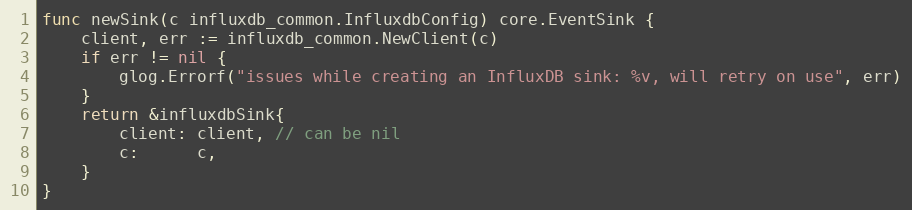
Language: Go
func newSink(c influxdb_common.InfluxdbConfig) core.EventSink {
	client, err := influxdb_common.NewClient(c)
	if err != nil {
		glog.Errorf("issues while creating an InfluxDB sink: %v, will retry on use", err)
	}
	return &influxdbSink{
		client: client, // can be nil
		c:      c,
	}
}